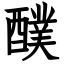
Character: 醭